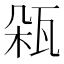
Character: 𤬾